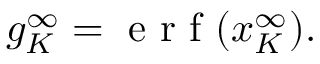
g _ { K } ^ { \infty } = \mathrm { ~ e ~ r ~ f ~ } ( x _ { K } ^ { \infty } ) .